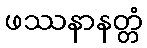
ဖဿနာနတ္တံ